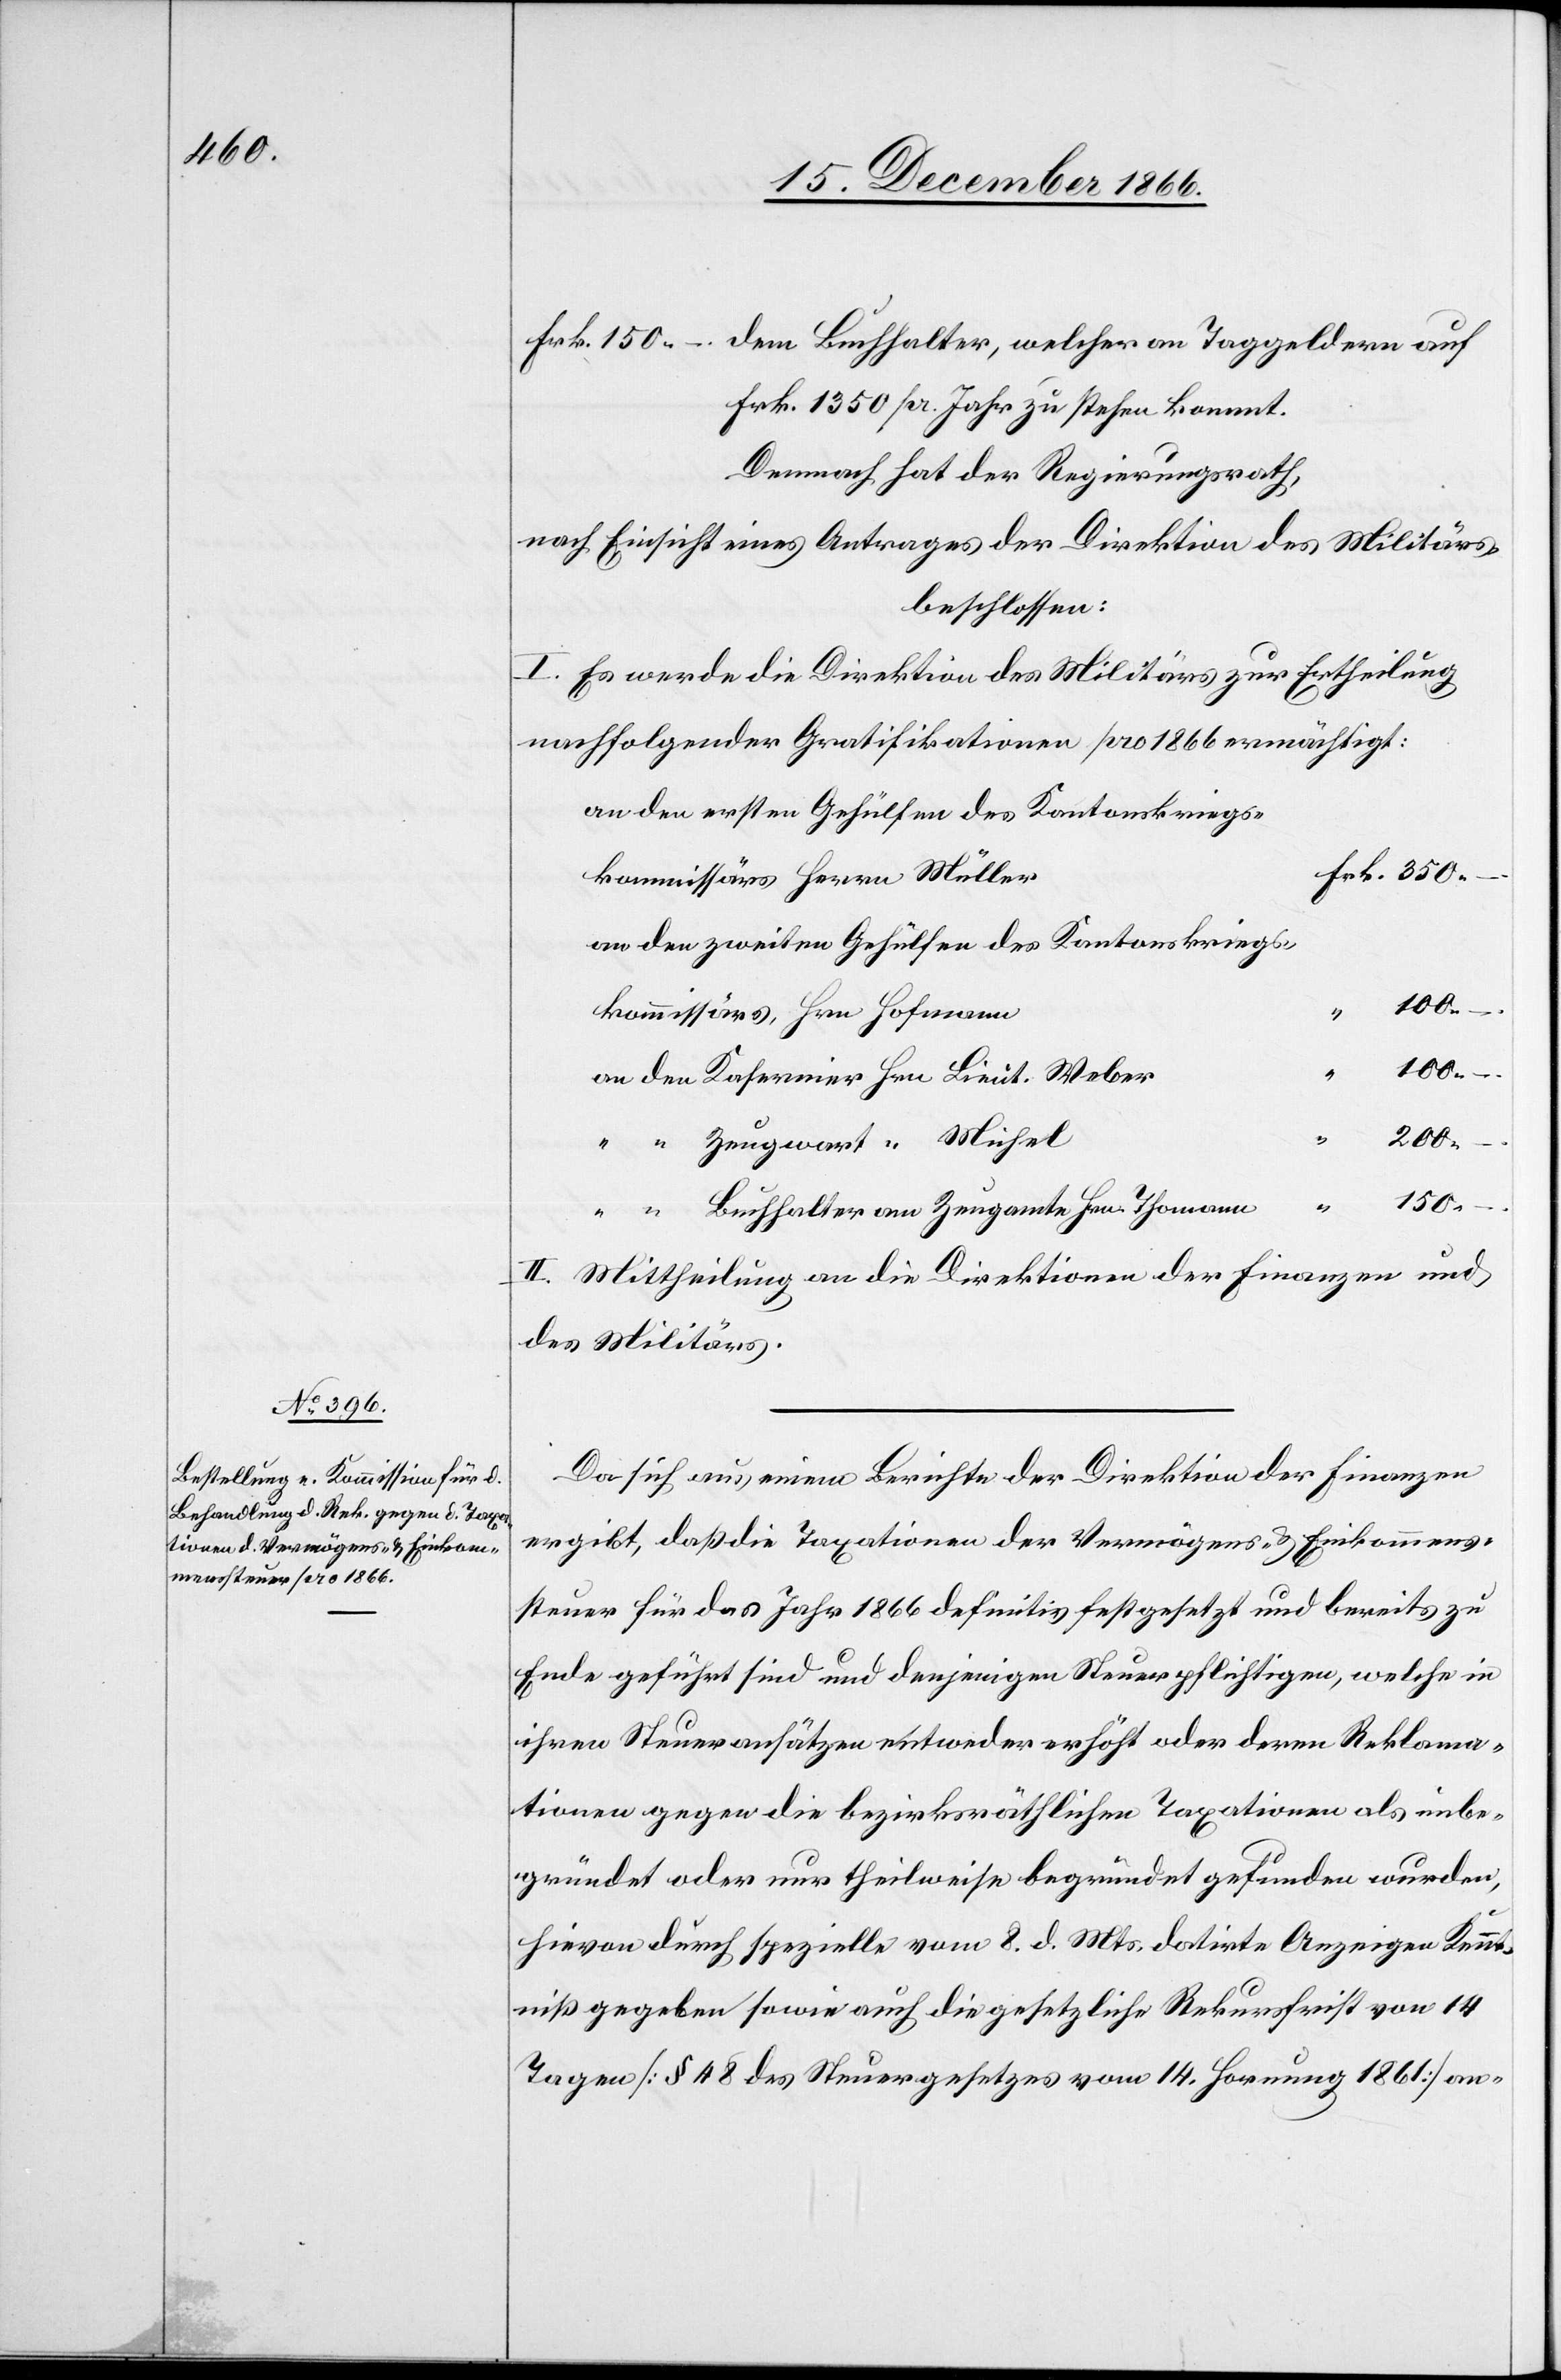
Frk. 1350 pr. Jahr zu stehen kommt.
Demnach hat der Regierungsrath,
nach Einsicht eines Antrages der Direktion des Militärs,
beschlossen:
I. Es werde die Direktion des Militärs zur Ertheilung
nachfolgender Gratifikationen pro 1866 ermächtigt:
an den ersten Gehülfen des Kantonskriegs¬
Frk. 350.–
kommissärs Herrn Müller
an den zweiten Gehülfen des Kantonskriegs¬
kommissärs, Hrn. Hofmann
100.–
“
an den Kasernier Hrn. Lieut. Weber
“
200.–
Zeugwart “ Michel
cher an
“
150.–
“ “ Buchhalter am Zeugamte Hrn. Thomann
II. Mittheilung an die Direktionen der Finanzen und
des Militärs.
Da sich aus einem Berichte der Direktion der Finanzen
ergibt, daß die Taxationen der Vermögens- & Einkommens¬
steuer für das Jahr 1866 definitiv festgesetzt und bereits zu
Ende geführt sind und denjenigen Steuerpflichtigen, welche in
ihren Steueransätzen entweder erhöht oder deren Reklama¬
tionen gegen die bezirksräthlichen Taxationen als unbe¬
gründet oder nur theilweise begründet gefunden wurden,
hievon durch spezielle vom 8. d. Mts. datirte Anzeigen Kennt¬
niß gegeben sowie auch die gesetzliche Rekursfrist von 14
Tagen [§ 48 des Steuergesetzes vom 14. Hornung 1861] an-